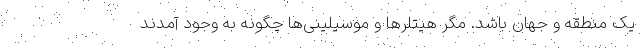
یک منطقه و جهان باشد. مگر هیتلرها و موسیلینی‌ها چگونه به وجود آمدند